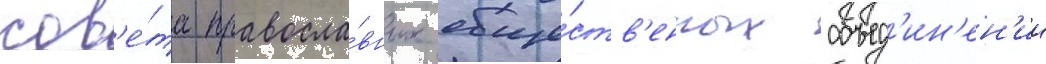
сов'е́та правосла́вных обще́ств'енных объед'ин'ен'ии